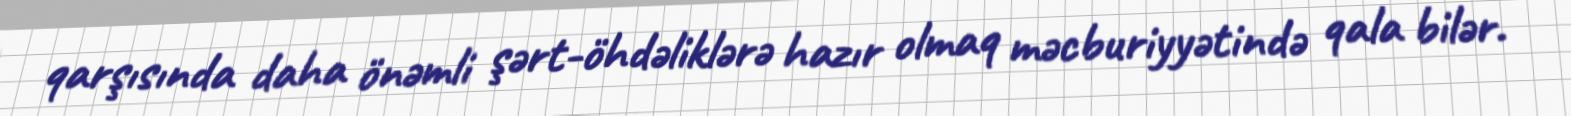
qarşısında daha önəmli şərt-öhdəliklərə hazır olmaq məcburiyyətində qala bilər.